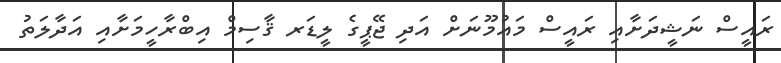
ރައީސް ނަޝީދަށާއި ރައީސް މައުމޫނަށް އަދި ޖޭޕީގެ ލީޑަރ ޤާސިމް އިބްރާހީމަށާއި އަދާލަތު